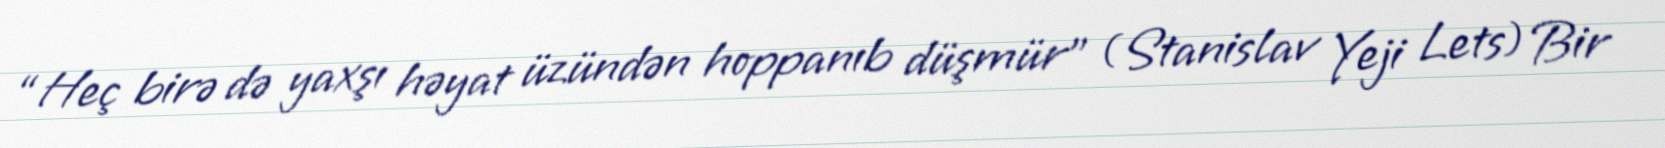
“Heç birə də yaxşı həyat üzündən hoppanıb düşmür” (Stanislav Yeji Lets) Bir